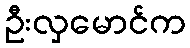
ဦးလှမောင်က